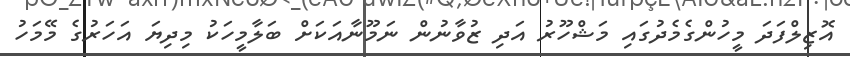
އޮޒިލްފަދަ މީހުންގެމެދުގައި މަޝްހޫރު އަދި ޒުވާނުން ނަމޫނާއަކަށް ބަލާމީހަކު މިދިޔަ އަހަރުގެ މޭމަހު